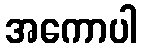
အကောပါ